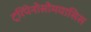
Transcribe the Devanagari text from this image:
ट्रिपेनोसोमयासिस